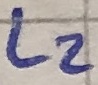
Text: L2